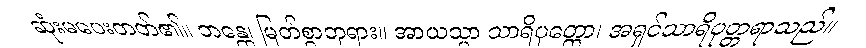
ဆုံးမပေးတတ်၏။ ဘန္တေ၊ မြတ်စွာဘုရား။ အာယသ္မာ သာရိပုတ္တော၊ အရှင်သာရိပုတ္တရာသည်။